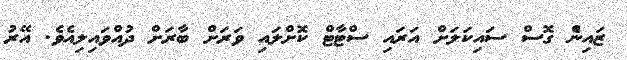
ޒައިންެ ގޮސް ސައިކަލަށް އަރައި ސްޓާޓް ކޮށްލައި ވަރަށް ބާރަށް ދުއްވައިލިއެވެ. އޭރު